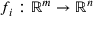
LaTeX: f _ { i } : \mathbb { R } ^ { m } \to \mathbb { R } ^ { n }